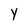
Character: y